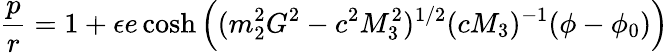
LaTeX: \frac{p}{r}=1+\epsilon e\cosh\left((m_{2}^{2}G^{2}-c^{2}M_{3}^{2})^{1/2}(cM_{3})^{-1}(\phi-\phi_{0})\right)